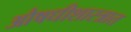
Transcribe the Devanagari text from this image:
औषधीशास्त्रात